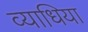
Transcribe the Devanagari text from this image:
व्याधिया